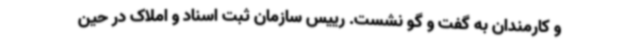
و کارمندان به گفت و گو نشست. رییس سازمان ثبت اسناد و املاک در حین